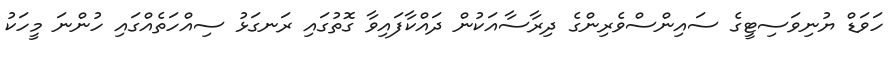
ހަވަޑް ޔުނިވަސިޓީގެ ސައިންސްވެރިންގެ ދިރާސާއަކުން ދައްކާފައިވާ ގޮތުގައި ރަނގަޅު ސިއްހަތެއްގައި ހުންނަ މީހަކު